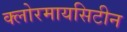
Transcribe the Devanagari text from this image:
क्लोरमायसिटीन